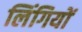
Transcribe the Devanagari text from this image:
लिंगियों